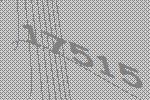
17515